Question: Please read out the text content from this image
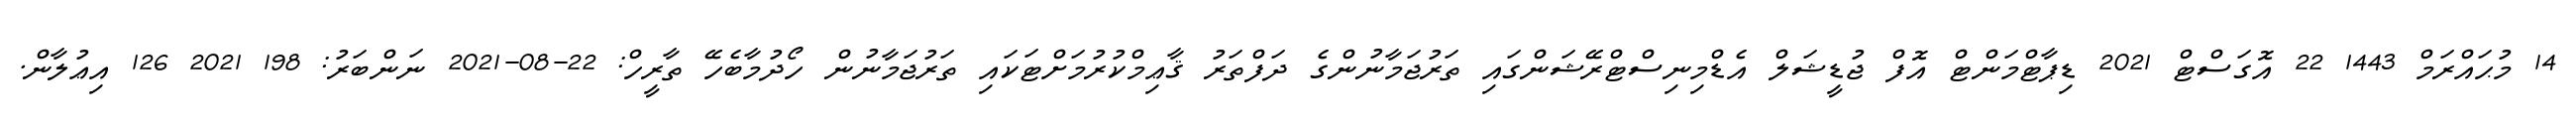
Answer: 14 މުޙައްރަމް 1443 22 އޮގަސްޓް 2021 ޑިޕާޓްމަންޓް އޮފް ޖުޑީޝަލް އެޑްމިނިސްޓްރޭޝަންގައި ތަރުޖަމާނުންގެ ދަފްތަރު ޤާޢިމްކުރުމަށްޓަކައި ތަރުޖަމާނުން ހޯދުމާބެހޭ ތާރީހް: 22-08-2021 ނަންބަރު: 198 2021 126 އިޢުލާން.